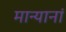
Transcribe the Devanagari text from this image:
मान्यानां